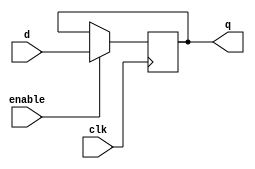

module ff(q, d, clk, enable);
/****************************
An Edge-Triggerred Flip-flop 
Written by H. Roumani, 2008.
****************************/
output q;
input d, clk, enable;
reg q;

always @ (posedge clk)
  if (enable) q <= d; 

endmodule



module register(q, d, clk, enable);
/****************************
An Edge-Triggerred Register.
Written by H. Roumani, 2008.
****************************/

parameter SIZE = 2;
output [SIZE-1:0] q;
input [SIZE-1:0] d;
input clk, enable;

ff myFF[SIZE-1:0](q, d, clk, enable);

endmodule

module labM ;
   reg   [31:0] d, e, prv;
   reg          clk, enable, flag;
   wire [31:0]  z;

   register #(32) mine(z, d, clk, enable);

   initial
     begin
        flag = $value$plusargs("enable=%b", enable);
        clk = 0;

        $monitor("%5d: clk=%b,d=%d,z=%d,expect=%d", $time, clk, d, z, e);

        repeat (20)
          begin
             #2 prv = d;
             d = $random;
          end

        $finish;
     end

   always
     begin
        #5 clk = ~clk;
     end

   always @(posedge clk)
     e = clk ? d : prv;

endmodule // labM